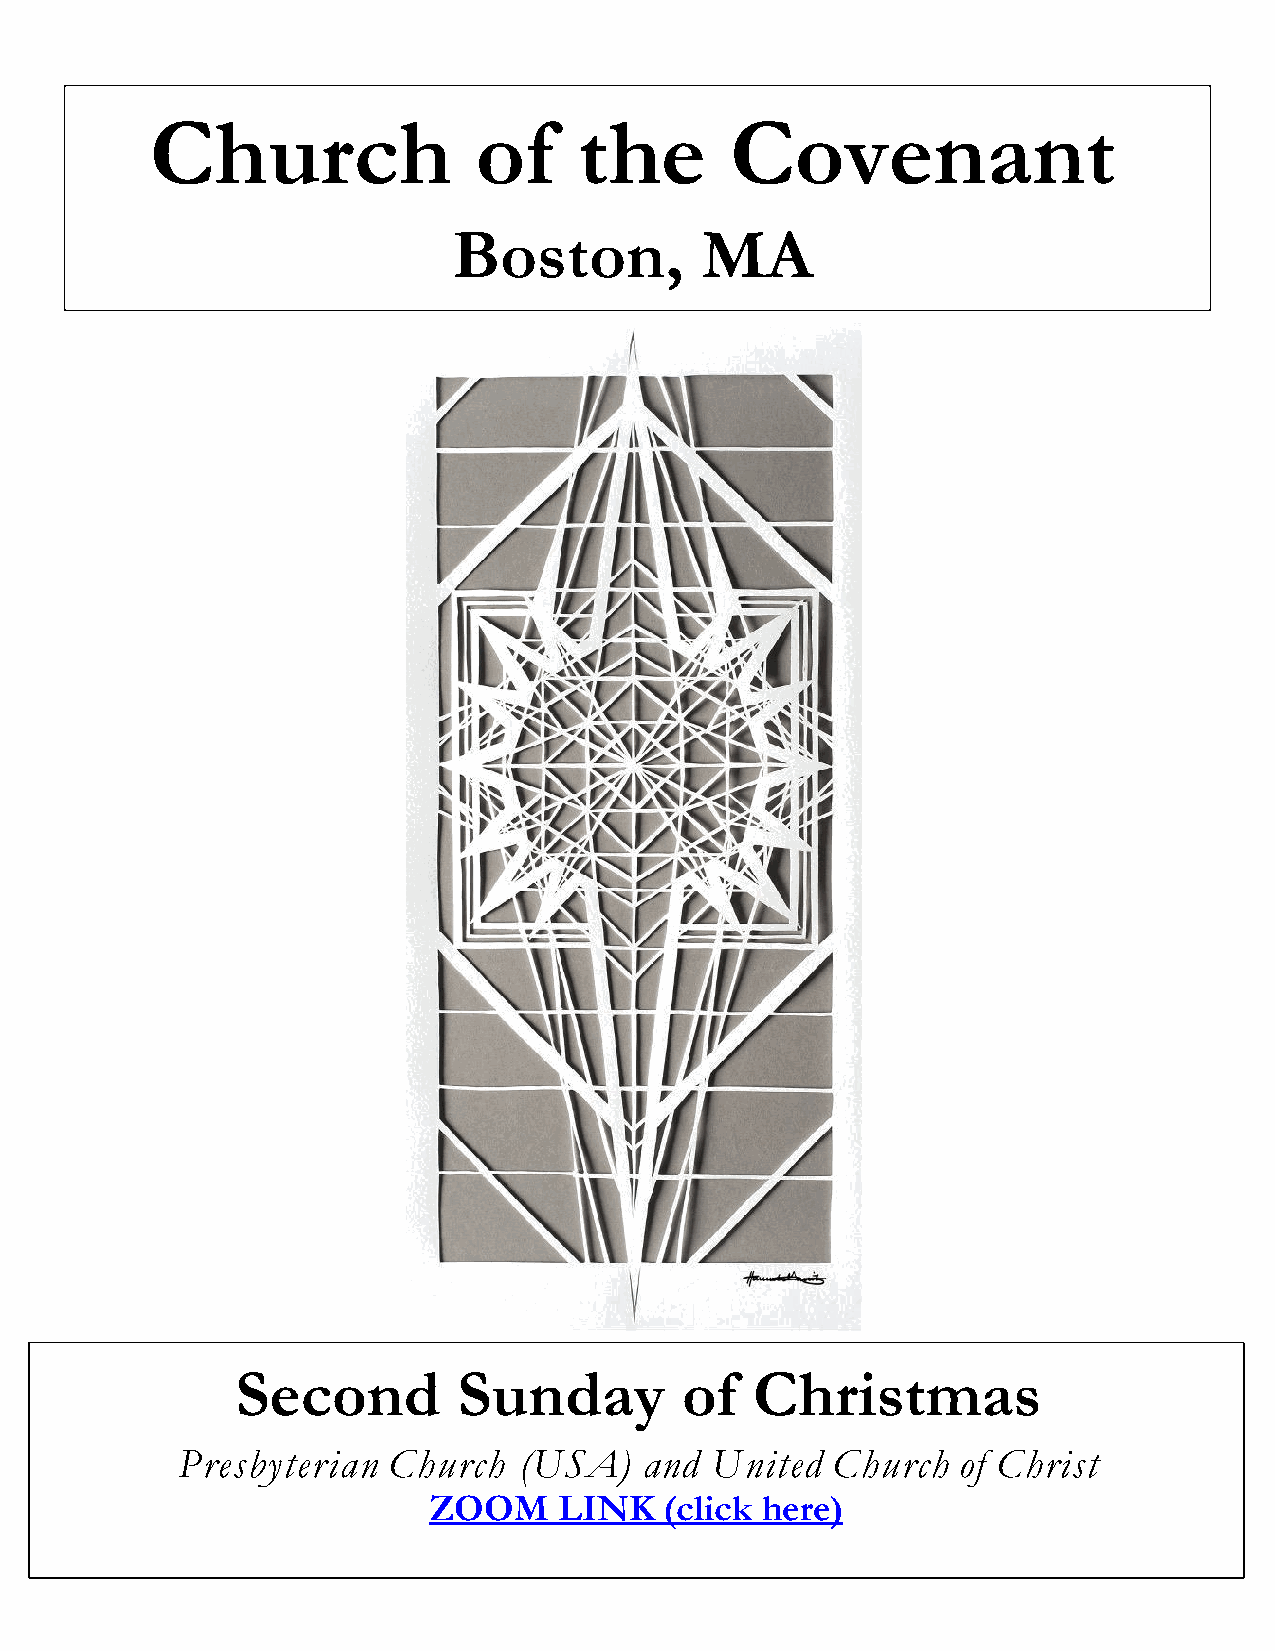
Church               of     the       Covenant
 Boston,         MA
 Second        Sunday         of   Christmas
 Presbyterian  Church  (USA)    and United  Church   of Christ
 ZOOM     LINK   (click here)